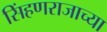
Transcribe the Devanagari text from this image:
सिंहणराजाच्या